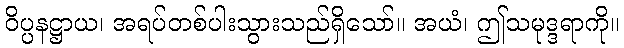
ဝိပ္ပနဋ္ဌာယ၊ အရပ်တစ်ပါးသွားသည်ရှိသော်။ အယံ၊ ဤသမုဒ္ဒရာကို။